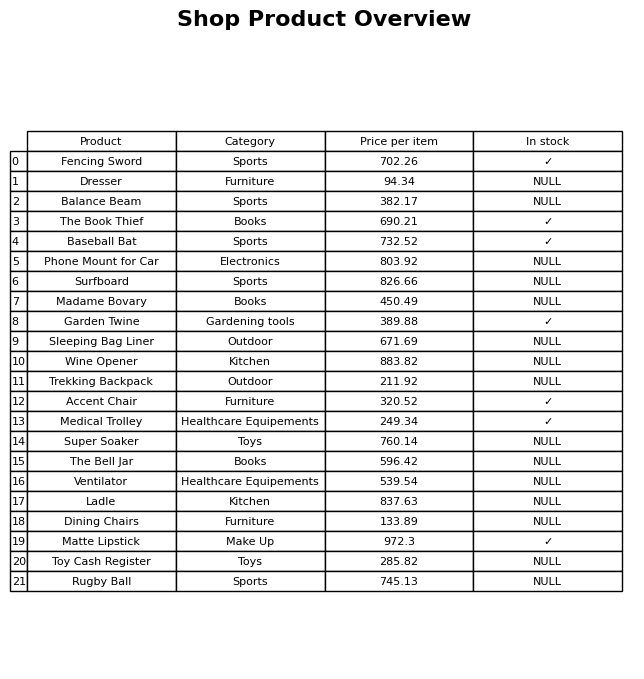
question: What is the price for Madame Bovary?
answer: The price of Madame Bovary is 450.49.